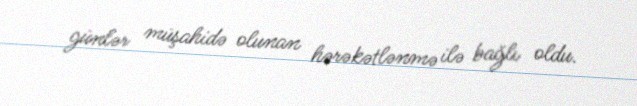
günlər müşahidə olunan hərəkətlənmə ilə bağlı oldu.